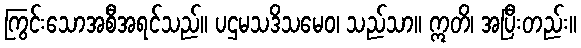
ကြွင်းသောအစီအရင်သည်။ ပဌမသဒိသမေဝ၊ သည်သာ။ ဣတိ၊ အပြီးတည်း။